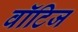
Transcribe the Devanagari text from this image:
वॉटिज